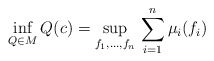
\begin{gather*}\inf_{Q\in M}Q(c)=\sup_{f_1,\ldots,f_n}\,\sum_{i=1}^n\mu_i(f_i)\end{gather*}